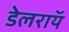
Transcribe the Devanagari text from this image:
डेलराॅय